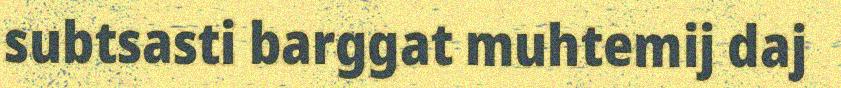
subtsasti barggat muhtemij daj